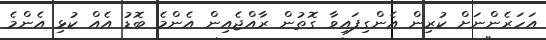
އަހަރެންނަށް ކުރިން އެންގިފައިވާ ގޮތުން ރާއްޖެއިން އެންމެ ބޮޑު އެއް ކުޅި އެންމެ